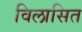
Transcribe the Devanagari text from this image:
विलासित